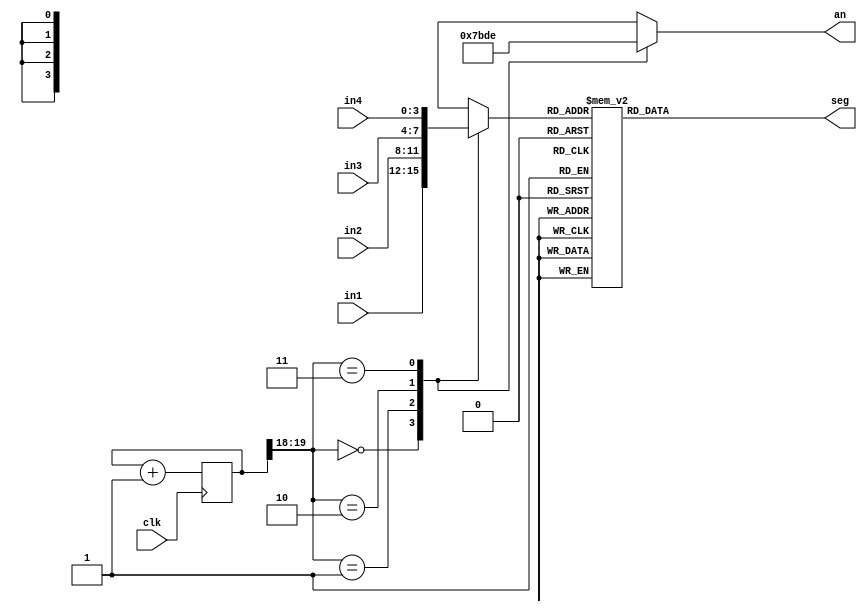
`timescale 1ns / 1ps
module sevenseg_driver(
    input wire clk,
    input [3:0] in1,
    input [3:0] in2,
    input [3:0] in3,
    input [3:0] in4,
    output reg [6:0] seg,
    output reg [3:0] an    
    );
    localparam LEFT = 2'b00, MIDLEFT = 2'b01, MIDRIGHT = 2'b10, RIGHT = 2'b11; 
    reg [3:0] LED_BCD;
    
    reg [19:0] refresh_counter;  // 20-bit for creting 10.5ms refresh period
 
    // the first 18-bit for creating 2.6ms digit period
    // the other 2-bit for creating 4 LED-activating signals    
    wire [1:0] LED_activating_counter;
    // count        0    ->  1  ->  2  ->  3
    // activates    LED1    LED2   LED3   LED4
    // and repeat   
    always @(posedge clk)
    begin
        refresh_counter <= refresh_counter + 1;
    end
    assign LED_activating_counter = refresh_counter[19:18];
    //always @(posedge segclk[12] or posedge clr)
    always @*
        begin
            case(LED_activating_counter)
            LEFT:
            begin 
                LED_BCD <= in1;
                an <= 4'b0111;
            end
            MIDLEFT:
            begin
                LED_BCD <= in2;
                an <= 4'b1011;     
            end
            MIDRIGHT:
            begin
                LED_BCD <= in3;
                an <= 4'b1101;           
            end
            RIGHT:
            begin
                LED_BCD <= in4;
                an <= 4'b1110;             
            end           
            default:
            begin
                LED_BCD <= in1;
                an <= 4'b0111;
            end             
            endcase
        end            
    always @(*)
    begin
        case(LED_BCD)
        4'b0000: seg = 7'b0000001; // "0"     
        4'b0001: seg = 7'b1001111; // "1" 
        4'b0010: seg = 7'b0010010; // "2" 
        4'b0011: seg = 7'b0000110; // "3" 
        4'b0100: seg  = 7'b1001100; // "4" 
        4'b0101: seg = 7'b0100100; // "5" 
        4'b0110: seg  = 7'b0100000; // "6" 
        4'b0111: seg  = 7'b0001111; // "7" 
        4'b1000: seg  = 7'b0000000; // "8"     
        4'b1001: seg = 7'b0000100; // "9" 
        default: seg  = 7'b0000001; // "0"
        endcase
    end
endmodule